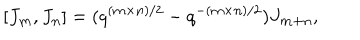
[ J _ { \bf m } , J _ { \bf n } ] = ( q ^ { ( { \bf m } \times { \bf n } ) / 2 } - q ^ { - ( { \bf m } \times { \bf n } ) / 2 } ) J _ { { \bf m } + { \bf n } } ,